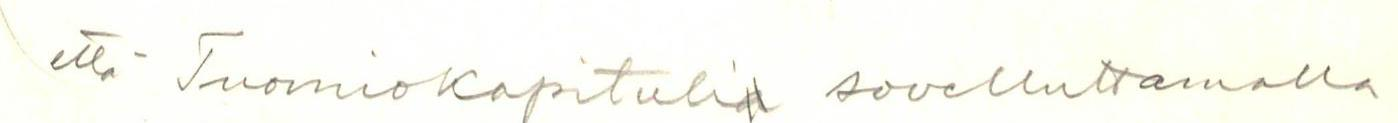
että Tuomiokapitulia sovelluttamalla